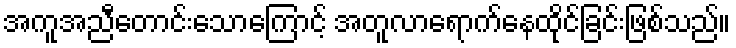
အကူအညီတောင်းသောကြောင့် အတူလာရောက်နေထိုင်ခြင်းဖြစ်သည်။